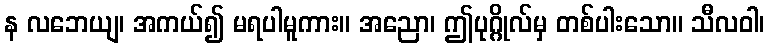
န လဘေယျ၊ အကယ်၍ မရပါမူကား။ အညော၊ ဤပုဂ္ဂိုလ်မှ တစ်ပါးသော။ သီလဝါ၊